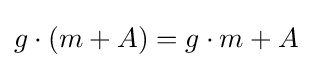
g\cdot (m+A)=g\cdot m+A